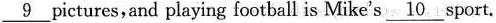
\underline{ 9 } pictures,and playing football is Mike's \underline{ 1 0 } sport.